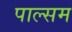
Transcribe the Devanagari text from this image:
पाल्सम